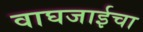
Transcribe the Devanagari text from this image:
वाघजाईचा